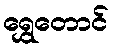
ရွှေတောင်